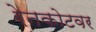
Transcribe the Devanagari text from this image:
रेनकोटवर